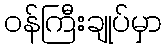
ဝန်ကြီးချုပ်မှာ